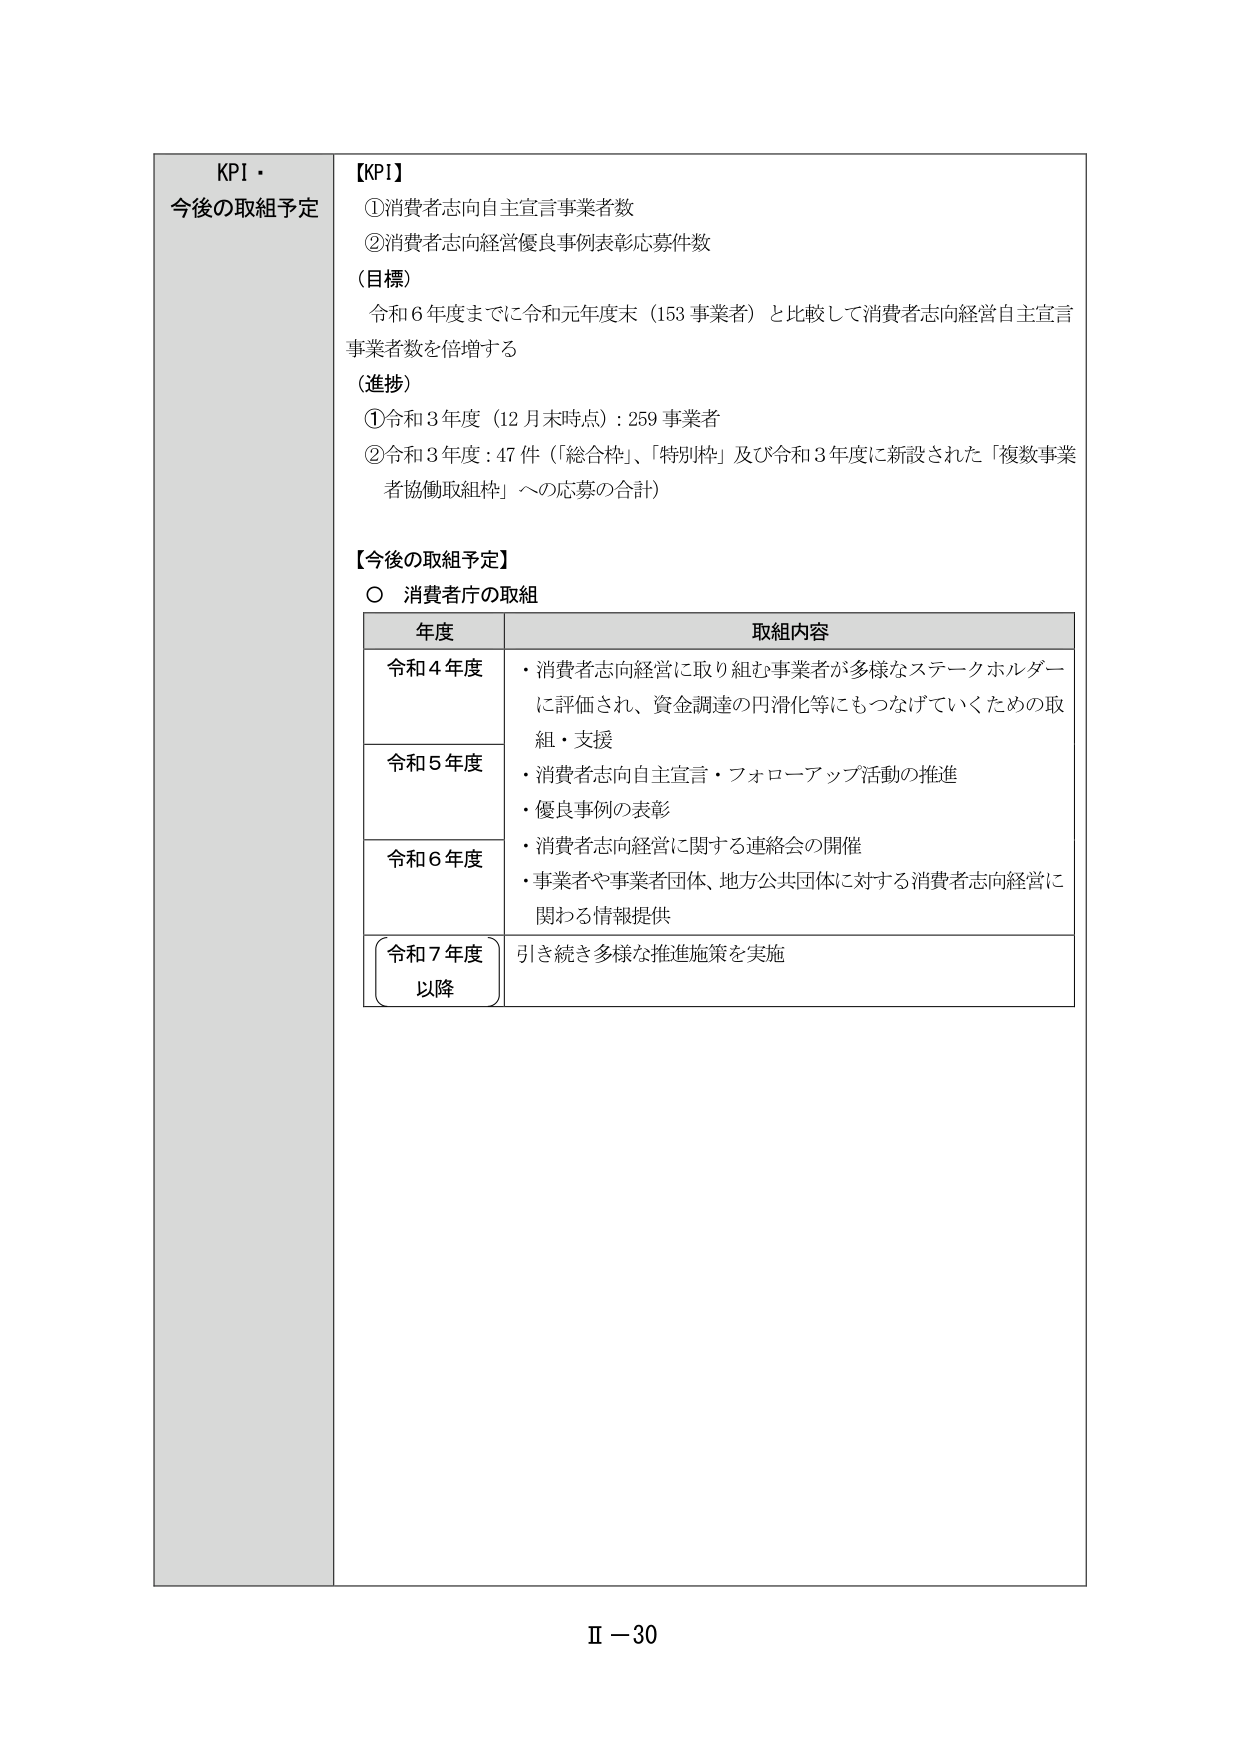
KPI・
今後の取組予定

【KPI】
①消費者志向自主宣言事業者数
②消費者志向経営優良事例表彰応募件数
（目標）
令和6年度までに令和元年度末（153事業者）と比較して消費者志向経営自主宣言
事業者数を倍増する
（進捗）
①令和3年度（12月末時点）：259事業者
②令和3年度：47件（「総合枠」、「特別枠」及び令和3年度に新設された「複数事業
者協働取組枠」への応募の合計）

【今後の取組予定】
○ 消費者庁の取組

年度 取組内容
令和4年度 ・消費者志向経営に取り組む事業者が多様なステークホルダー
に評価され、資金調達の円滑化等にもつなげていくための取
組・支援
令和5年度 ・消費者志向自主宣言・フォローアップ活動の推進
・優良事例の表彰
令和6年度 ・消費者志向経営に関する連絡会の開催
・事業者や事業者団体、地方公共団体に対する消費者志向経営に
関わる情報提供
令和7年度 以降 引き続き多様な推進施策を実施

Ⅱ－30